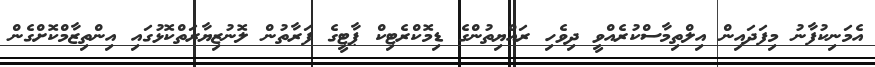
އެމަނިކުފާނު މިފަދައިން އިލްތިމާސްކުރެއްވީ ދިވެހި ރައްޔިތުންގެ ޑިމޮކްރެޓިކް ޕާޓީގެ ފަރާތުން ލޮނުޒިޔާރަތްކޮޅުގައި އިންތިޒާމްކޮށްގެން